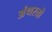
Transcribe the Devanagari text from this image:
अंथरतो